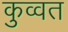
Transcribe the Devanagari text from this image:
कुव्‍वत